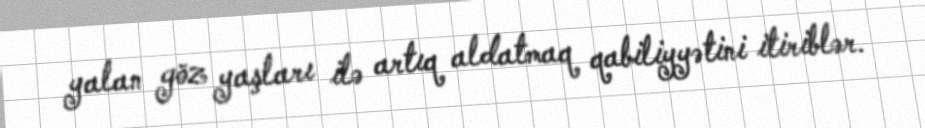
yalan göz yaşları ilə artıq aldatmaq qabiliyyətini itiriblər.